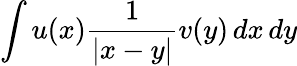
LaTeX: \int u(x)\frac{1}{|x-y|}v(y)\, dx\, dy